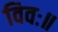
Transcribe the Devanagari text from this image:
विवः॥